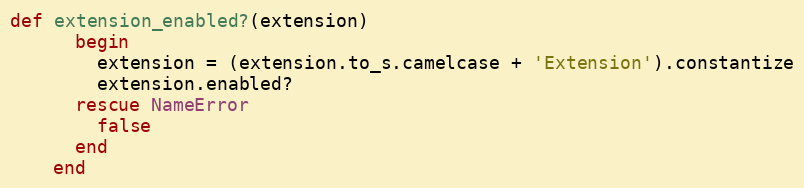
Language: Ruby
def extension_enabled?(extension)
      begin
        extension = (extension.to_s.camelcase + 'Extension').constantize
        extension.enabled?
      rescue NameError
        false
      end
    end